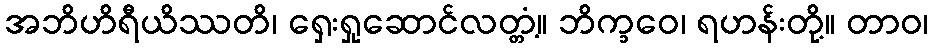
အဘိဟိရီယိဿတိ၊ ရှေးရှုဆောင်လတ္တံ့။ ဘိက္ခဝေ၊ ရဟန်းတို့။ တာဝ၊